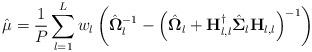
LaTeX: \begin{align*}\hat{\mu} & =\frac{1}{P_{}}\sum_{l=1}^{L}w_{l}\left(\hat{\mathbf{\Omega}}_{l}^{-1}-\left(\hat{\mathbf{\Omega}}_{l}+\mathbf{H}_{l,l}^{\dagger}\hat{\mathbf{\Sigma}}_{l}\mathbf{H}_{l,l}\right)^{-1}\right)\end{align*}